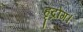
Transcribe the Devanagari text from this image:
हृद्रोग।